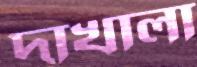
দাখালা